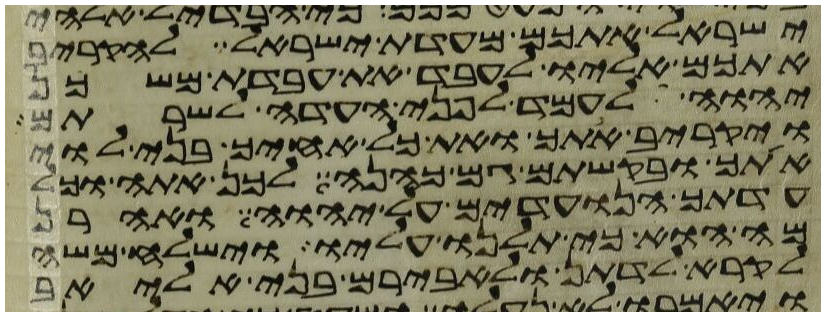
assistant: ישראל אתכם מעדת ישראל להקריב
אתכם אליו לעבד את עבדת משכן
יהוה לעמד לפני העדה לשרתם
ויקריב אתך ואת כל אחיך בני לוי
אתך ובקשתם גם כהנה לכן אתה וכל
עדתך הנועדים על יהוה ואהרן
מה הוא כי תלנו עליו וישלח משה
לקרא לדתן ולאבירם בני אליאב